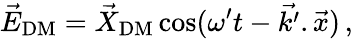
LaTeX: \vec{E}_{\mathrm{DM}}=\vec{X}_{\mathrm{DM}}\cos(\omega^{\prime}t-\vec{k^{\prime}}.\vec{x})\, ,